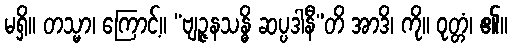
မရှိ။ တသ္မာ၊ ကြောင့်။ “ဗျဉ္ဇနသန္ဓိ ဆပ္ပဒါနီ”တိ အာဒိ၊ ကို။ ဝုတ္တံ၊ ၏။